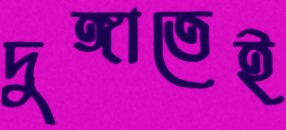
দুঙ্গাতেই